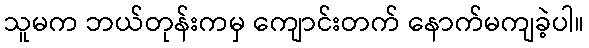
သူမက ဘယ်တုန်းကမှ ကျောင်းတက် နောက်မကျခဲ့ပါ။